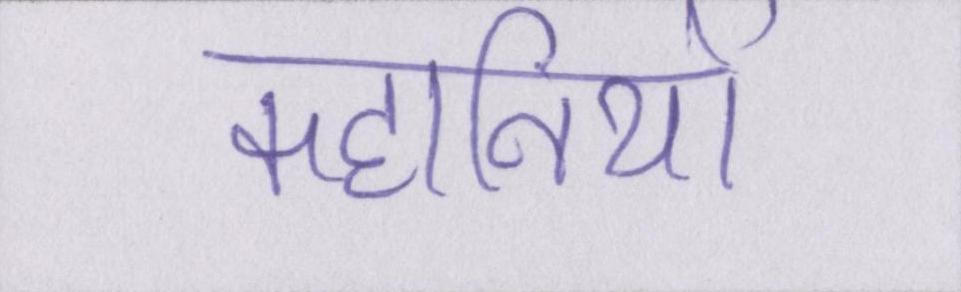
कहानियों